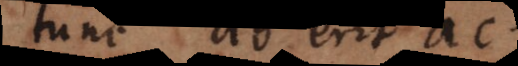
tunc ab erit ac.